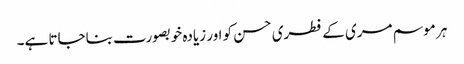
ہر موسم مری کے فطری حسن کو اور زیادہ خوبصورت بناجاتا ہے۔